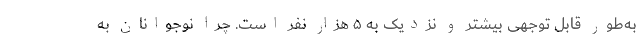
به‌طور قابل توجهی بیشتر و نزدیک به ۵ هزار نفر است. چرا نوجوانان به